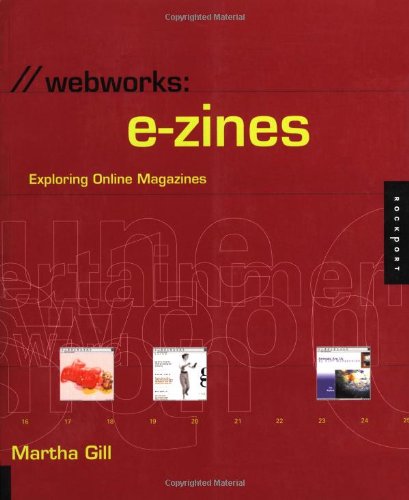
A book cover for Webworks: e-zines: Exploring Online Magazines; Martha Gill; Humor & Entertainment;